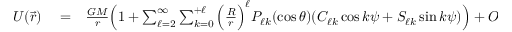
\begin{array} { r l r } { U ( \vec { r } ) } & { { } = } & { \frac { G M } { r } \Big ( 1 + \sum _ { \ell = 2 } ^ { \infty } \sum _ { k = 0 } ^ { + \ell } \Big ( \frac { R } { r } \Big ) ^ { \ell } P _ { \ell k } ( \cos \theta ) ( C _ { \ell k } \cos k \psi + S _ { \ell k } \sin k \psi ) \Big ) + { \cal O } ( c ^ { - 4 } ) , } \end{array}